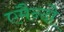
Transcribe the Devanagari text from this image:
एमैन्दो